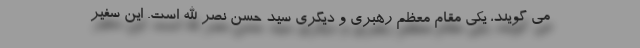
می گویند، یکی مقام معظم رهبری و دیگری سید حسن نصر الله است. این سفیر